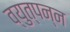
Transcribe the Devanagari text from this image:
व्युत्‍पन्‍न